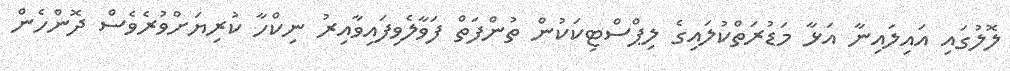
ލޮލުގައި އައިލައިނާ އަޅާ މަޑުރަތްކުލައިގެ ލިޕްސްޓިކަކުން ތުންފަތް ފަވާލެވިފައިވާއިރު ނިކްހާ ކުރިޔަށްވުރެވެސް ދޮންހެން